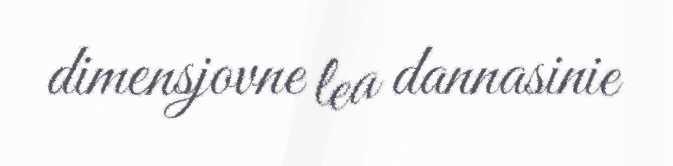
dimensjovne lea dannasinie